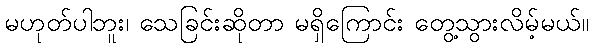
မဟုတ်ပါဘူး၊ သေခြင်းဆိုတာ မရှိကြောင်း တွေ့သွားလိမ့်မယ်။